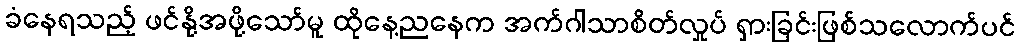
ခံနေရသည့် ဖင်နို့အဖို့သော်မူ ထိုနေ့ညနေက အက်ဂါသာစိတ်လှုပ် ရှားခြင်းဖြစ်သလောက်ပင်